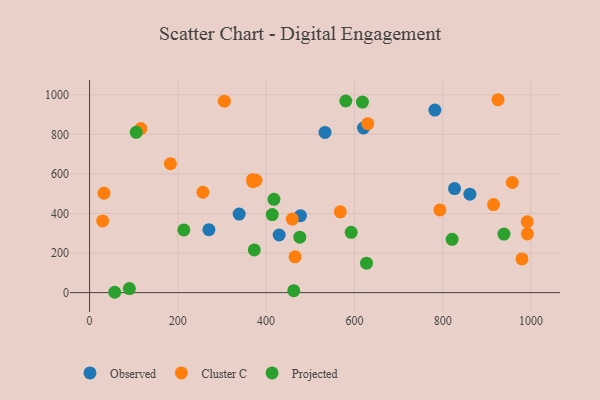
{"axis": {"x": "Engine Size", "y": "Profit"}, "legend": ["Cluster C", "Observed", "Projected"], "data": [{"x": "477.8", "y": 388.9, "type": "Observed"}, {"x": "861.7", "y": 497.3, "type": "Observed"}, {"x": "620.6", "y": 831.9, "type": "Observed"}, {"x": "338.9", "y": 396.8, "type": "Observed"}, {"x": "533.4", "y": 809.6, "type": "Observed"}, {"x": "826.9", "y": 526.0, "type": "Observed"}, {"x": "782.4", "y": 922.4, "type": "Observed"}, {"x": "429.6", "y": 291.3, "type": "Observed"}, {"x": "270.4", "y": 318.2, "type": "Observed"}, {"x": "369.4", "y": 570.8, "type": "Cluster C"}, {"x": "957.7", "y": 556.6, "type": "Cluster C"}, {"x": "29.6", "y": 362.2, "type": "Cluster C"}, {"x": "369.9", "y": 560.4, "type": "Cluster C"}, {"x": "991.9", "y": 296.7, "type": "Cluster C"}, {"x": "793.7", "y": 417.9, "type": "Cluster C"}, {"x": "305.3", "y": 967.8, "type": "Cluster C"}, {"x": "925.4", "y": 974.9, "type": "Cluster C"}, {"x": "377.2", "y": 567.6, "type": "Cluster C"}, {"x": "116.1", "y": 829.3, "type": "Cluster C"}, {"x": "459.3", "y": 371.9, "type": "Cluster C"}, {"x": "183.1", "y": 651.8, "type": "Cluster C"}, {"x": "979.6", "y": 170.1, "type": "Cluster C"}, {"x": "915.2", "y": 445.0, "type": "Cluster C"}, {"x": "568.1", "y": 408.3, "type": "Cluster C"}, {"x": "256.7", "y": 507.3, "type": "Cluster C"}, {"x": "991.6", "y": 358.1, "type": "Cluster C"}, {"x": "465.6", "y": 180.9, "type": "Cluster C"}, {"x": "630.3", "y": 853.9, "type": "Cluster C"}, {"x": "32.7", "y": 502.4, "type": "Cluster C"}, {"x": "476.3", "y": 280.4, "type": "Projected"}, {"x": "627.4", "y": 148.6, "type": "Projected"}, {"x": "462.6", "y": 9.9, "type": "Projected"}, {"x": "57.0", "y": 1.7, "type": "Projected"}, {"x": "213.6", "y": 316.7, "type": "Projected"}, {"x": "373.2", "y": 215.5, "type": "Projected"}, {"x": "413.9", "y": 394.6, "type": "Projected"}, {"x": "90.2", "y": 20.5, "type": "Projected"}, {"x": "618.2", "y": 963.2, "type": "Projected"}, {"x": "938.8", "y": 296.0, "type": "Projected"}, {"x": "580.6", "y": 968.5, "type": "Projected"}, {"x": "592.7", "y": 304.7, "type": "Projected"}, {"x": "417.7", "y": 471.3, "type": "Projected"}, {"x": "105.7", "y": 810.1, "type": "Projected"}, {"x": "821.4", "y": 269.1, "type": "Projected"}]}